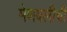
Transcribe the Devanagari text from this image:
मेणवलीची